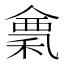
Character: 𥠌